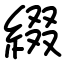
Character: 綴